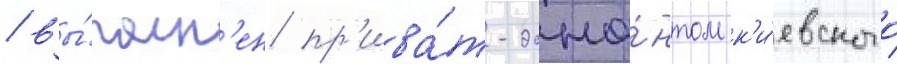
/ вы́полн'ен пр'ива́т-доце́нтом к'и́евского